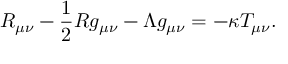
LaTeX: R _ { \mu \nu } - { \frac { 1 } { 2 } } R g _ { \mu \nu } - \Lambda g _ { \mu \nu } = - \kappa T _ { \mu \nu } .